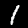
Digit: 1